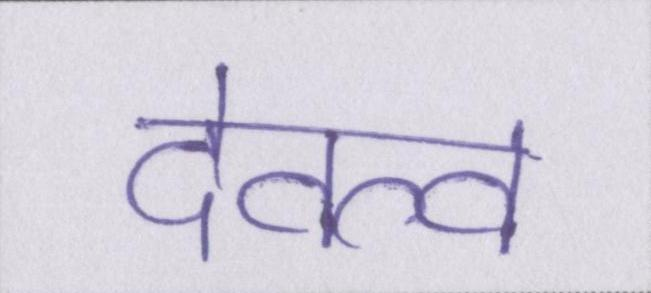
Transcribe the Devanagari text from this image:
देवत्व